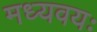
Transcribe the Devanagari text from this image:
मध्यवयः